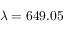
\lambda = 6 4 9 . 0 5